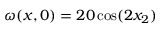
\omega ( x , 0 ) = 2 0 \cos ( 2 x _ { 2 } )